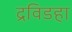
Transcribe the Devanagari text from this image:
द्रविडहा